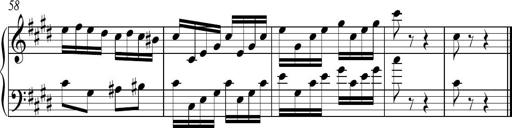
Title: Ten Piano Sonatinas
Composer: Andreas Sain